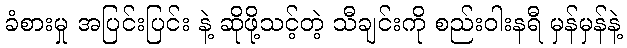
ခံစားမှု အပြင်းပြင်း နဲ့ ဆိုဖို့သင့်တဲ့ သီချင်းကို စည်းဝါးနရီ မှန်မှန်နဲ့